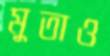
মুতাও